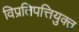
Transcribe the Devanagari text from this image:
विप्रतिपत्तियुक्त